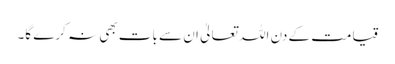
قیامت کے دن اللہ تعالیٰ ان سے بات بھی نہ کرے گا۔